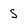
Character: S